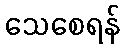
သေစေရန်